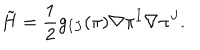
LaTeX: \tilde { H } = { \frac { 1 } { 2 } } g _ { I J } ( \pi ) \nabla \pi ^ { I } \nabla \pi ^ { J } .